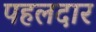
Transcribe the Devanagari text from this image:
पहलदार